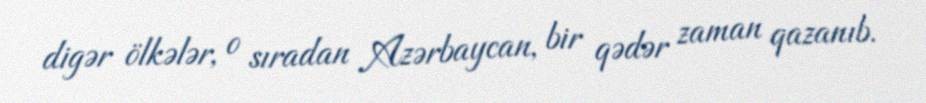
digər ölkələr, o sıradan Azərbaycan, bir qədər zaman qazanıb.